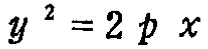
$y^{2}=2 p x$